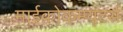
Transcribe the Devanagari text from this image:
माईक्रोकम्प्यूटर्स